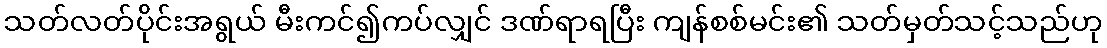
သတ်လတ်ပိုင်းအရွယ် မီးကင်၍ကပ်လျှင် ဒဏ်ရာရပြီး ကျန်စစ်မင်း၏ သတ်မှတ်သင့်သည်ဟု